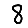
Digit: 8